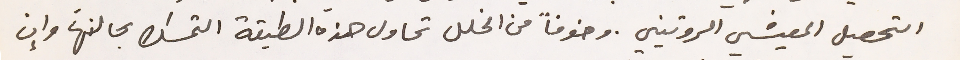
التحصيل المعيشي الروتيني. وخوفاً من الخلل تحاول هذه الطبقة التمسك بحالتها وإن